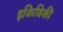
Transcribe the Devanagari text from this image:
इकिविकी